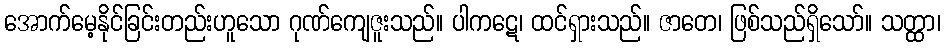
အောက်မေ့နိုင်ခြင်းတည်းဟူသော ဂုဏ်ကျေဇူးသည်။ ပါကဋေ၊ ထင်ရှားသည်။ ဇာတေ၊ ဖြစ်သည်ရှိသော်။ သတ္ထာ၊